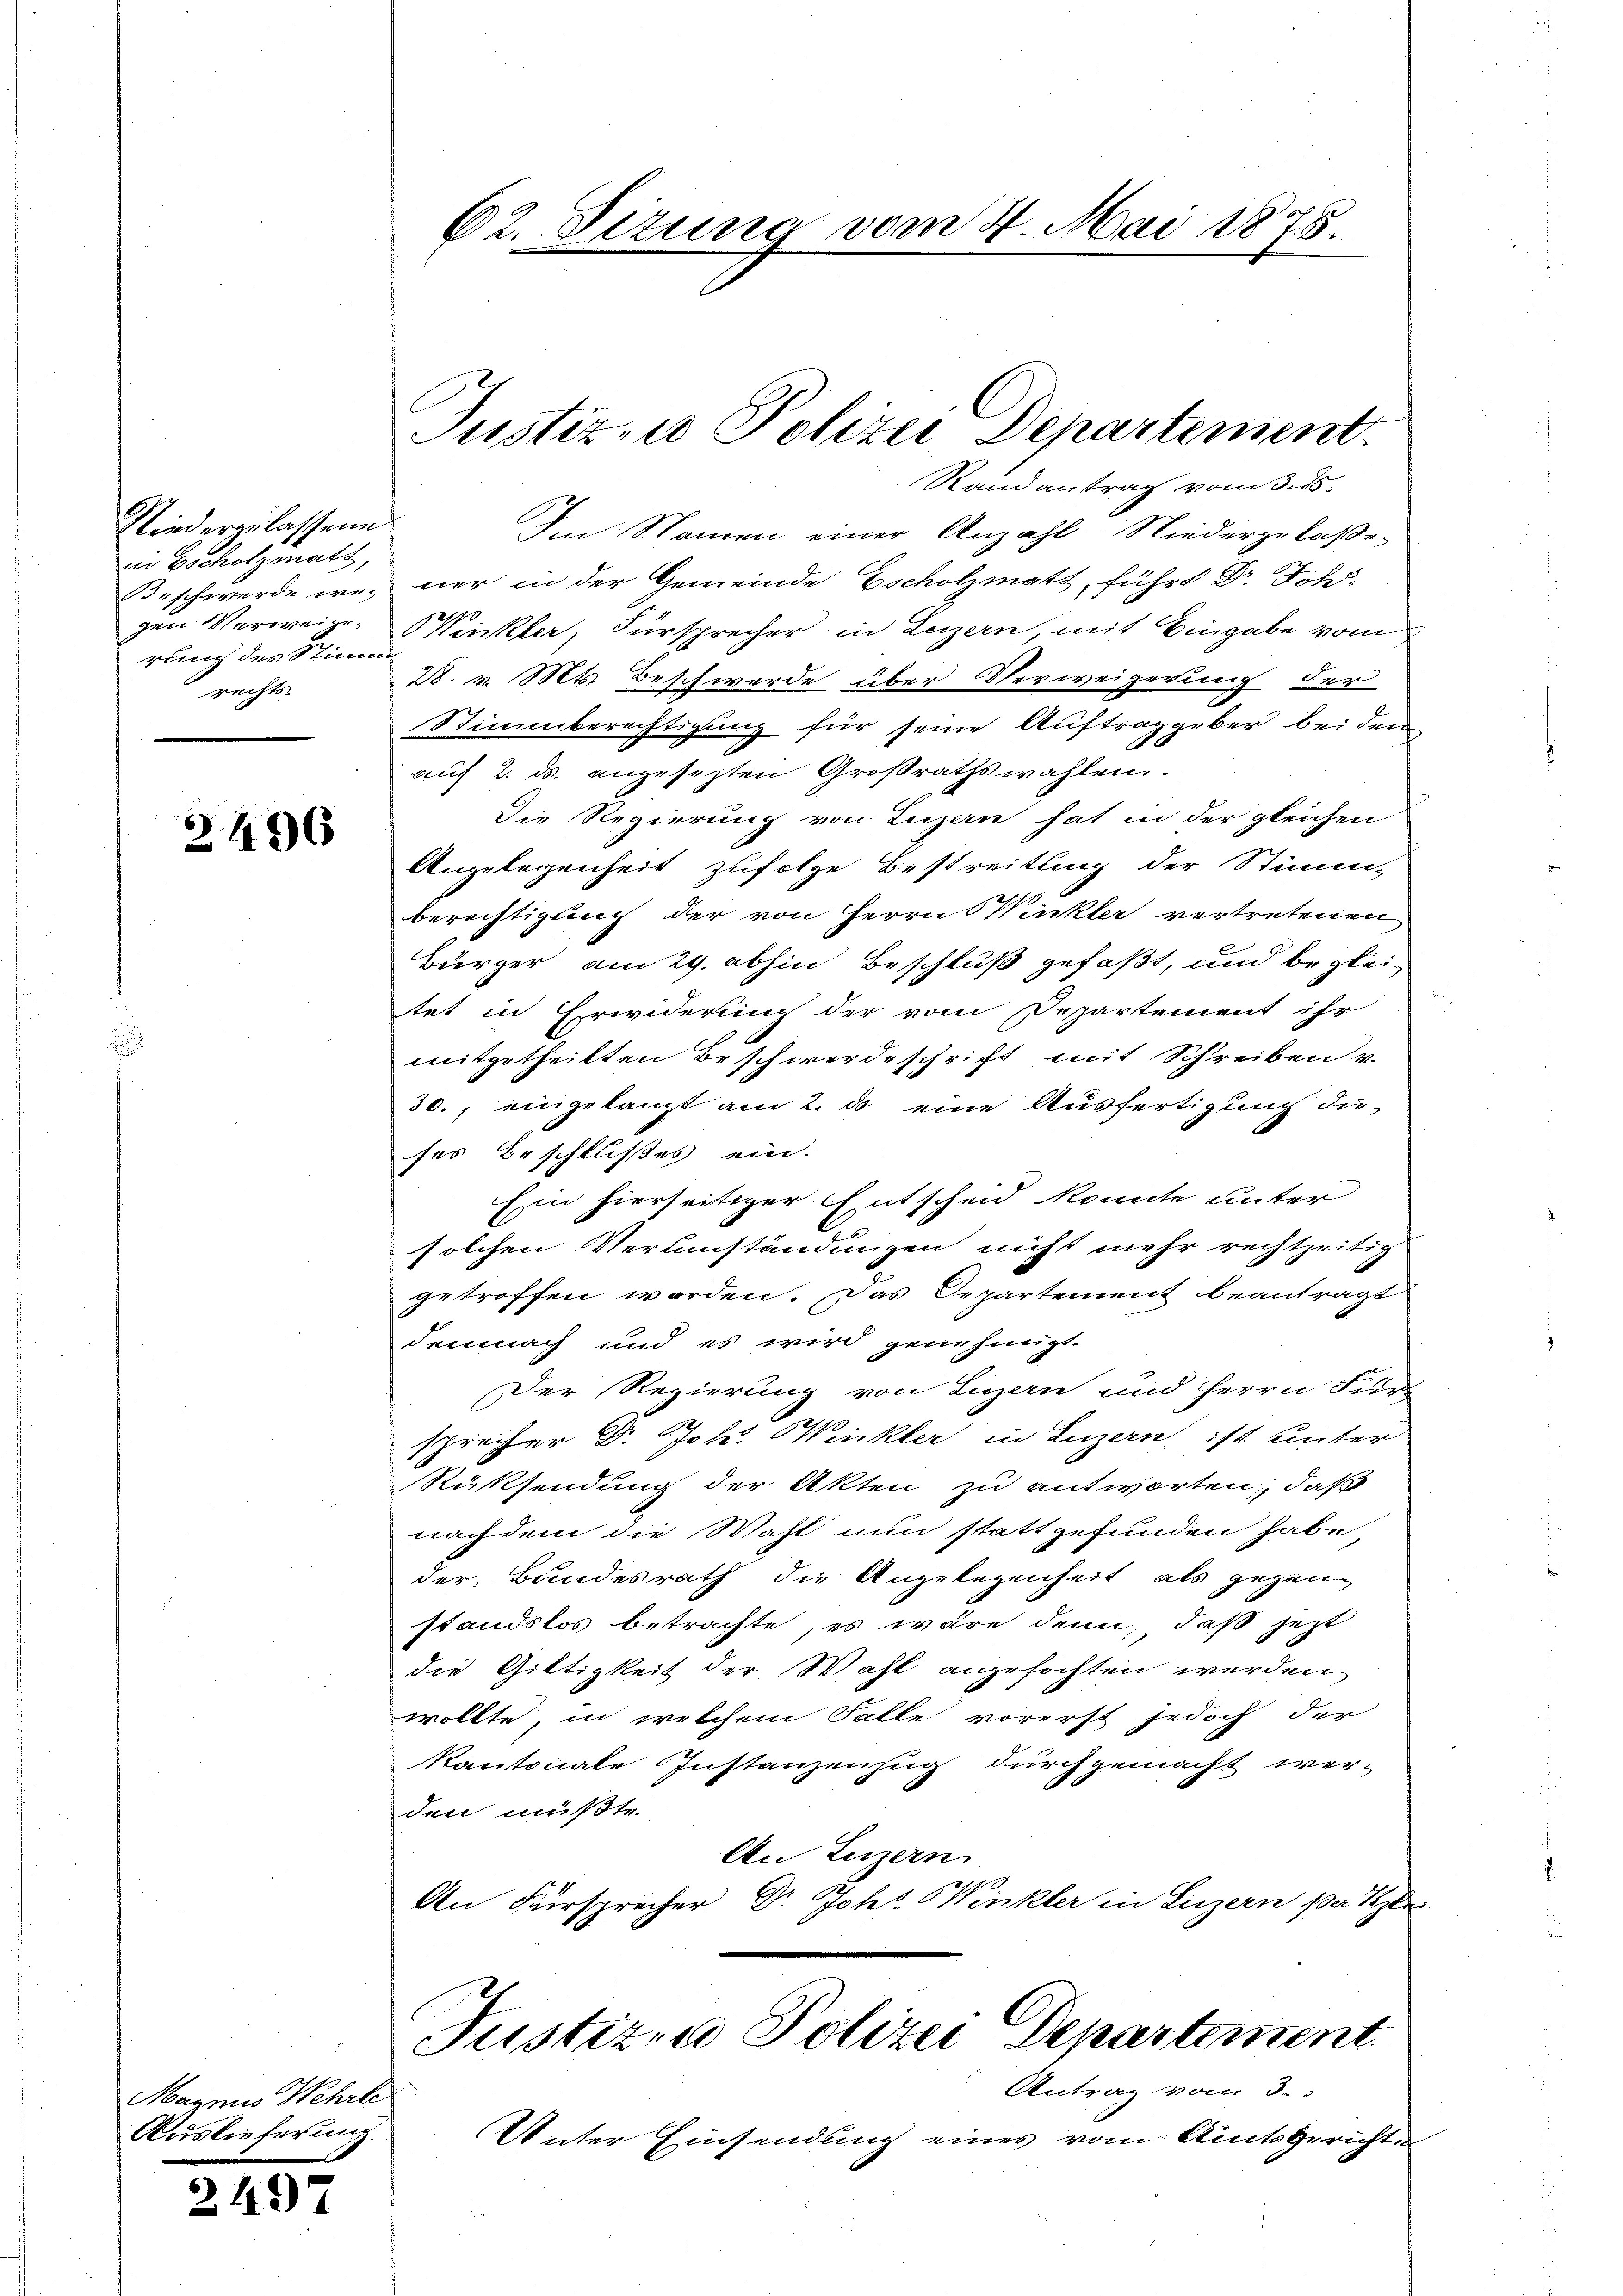
Niederzulassene
die Bocholzmatt,
rung des Stimm
rechts-

2496

Magnis Wehrle
Auslieferung.

2497

Randantrag vom 3. ds.
Im Namen einer Anzahl Niedergelaße
Beschwerde we- ner in der Gemeinde Escholzmatt, führt Dr. Johs.
gen Verweige. Winkler, Fürsprecher in Lezzern, mit Eingabe vom
28. v. Mts. Beschwerde über Verweigerung der
Stimmberechtigung für seine Auftrag geber beiden
auf 2. ds. angesezten Großrathswahlen.
Die Regierung von Luzern hat in der gleichen
Angelegenheit zufolge Bestreitung der Stimm-
berechtigung der von Herrn Winkler vertretenen
Bürger am 29. abhin Beschluß gefaßt, und begleitet in Erwiderung der vom Departement ihr
mitgetheilten Beschwerdeschrift mit Schreiben v.
30., eingelangt am 2. ds. eine Ausfertigung die
ses Beschlußes ein.
Ein hierseitiger Entscheid konnte unter
solchen Verumständungen nicht mehr rechtzeitig
getroffen worden. Das Departement beantragt
demnach und es wird genehmigt.
Der Regierung von Lizen und Herrn Für-
sprecher Dr. Joh. Winkler in Luzern ist unter
Rüksendung der Akten zu antworten, daß
nachdem die Wahl nun stattgefunden habe,
der Bundesrath die Angelegenheit als gegen-
standslos betrachte, es wäre denn, daß jetzt
die Giltigkeit der Wahl angefochten werden
wollte, in welchem Falle vorerst jedoch der
kantonale Instanzenzug durchgemacht wer-
den müßte.
An Luzern
An Fürsprecher Dr. Johs. Winkler in Luzern per Sze
Justizen Polizei Departement.
Antrag vom 3.
Unter Einsendung eines vom Amtsgerichte

62. Sizung vom 4. Mai 1878.

Justiz- u Polizei Departement.